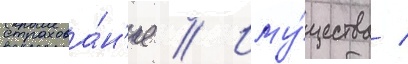
страхова́н'ие // Иму́щества /